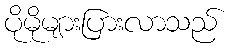
ပိုမိုများပြားလာသည်